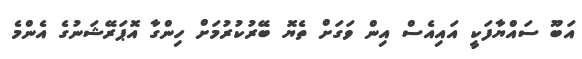
އަބޫ ސައްޔާފަކީ އައިއެސް އިން ވަގަށް ތެޔޮ ބޭރުކުރުމަށް ހިންގާ އޮޕަރޭޝަނުގެ އެންމެ